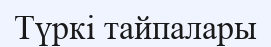
Түркі тайпалары